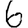
Digit: 6